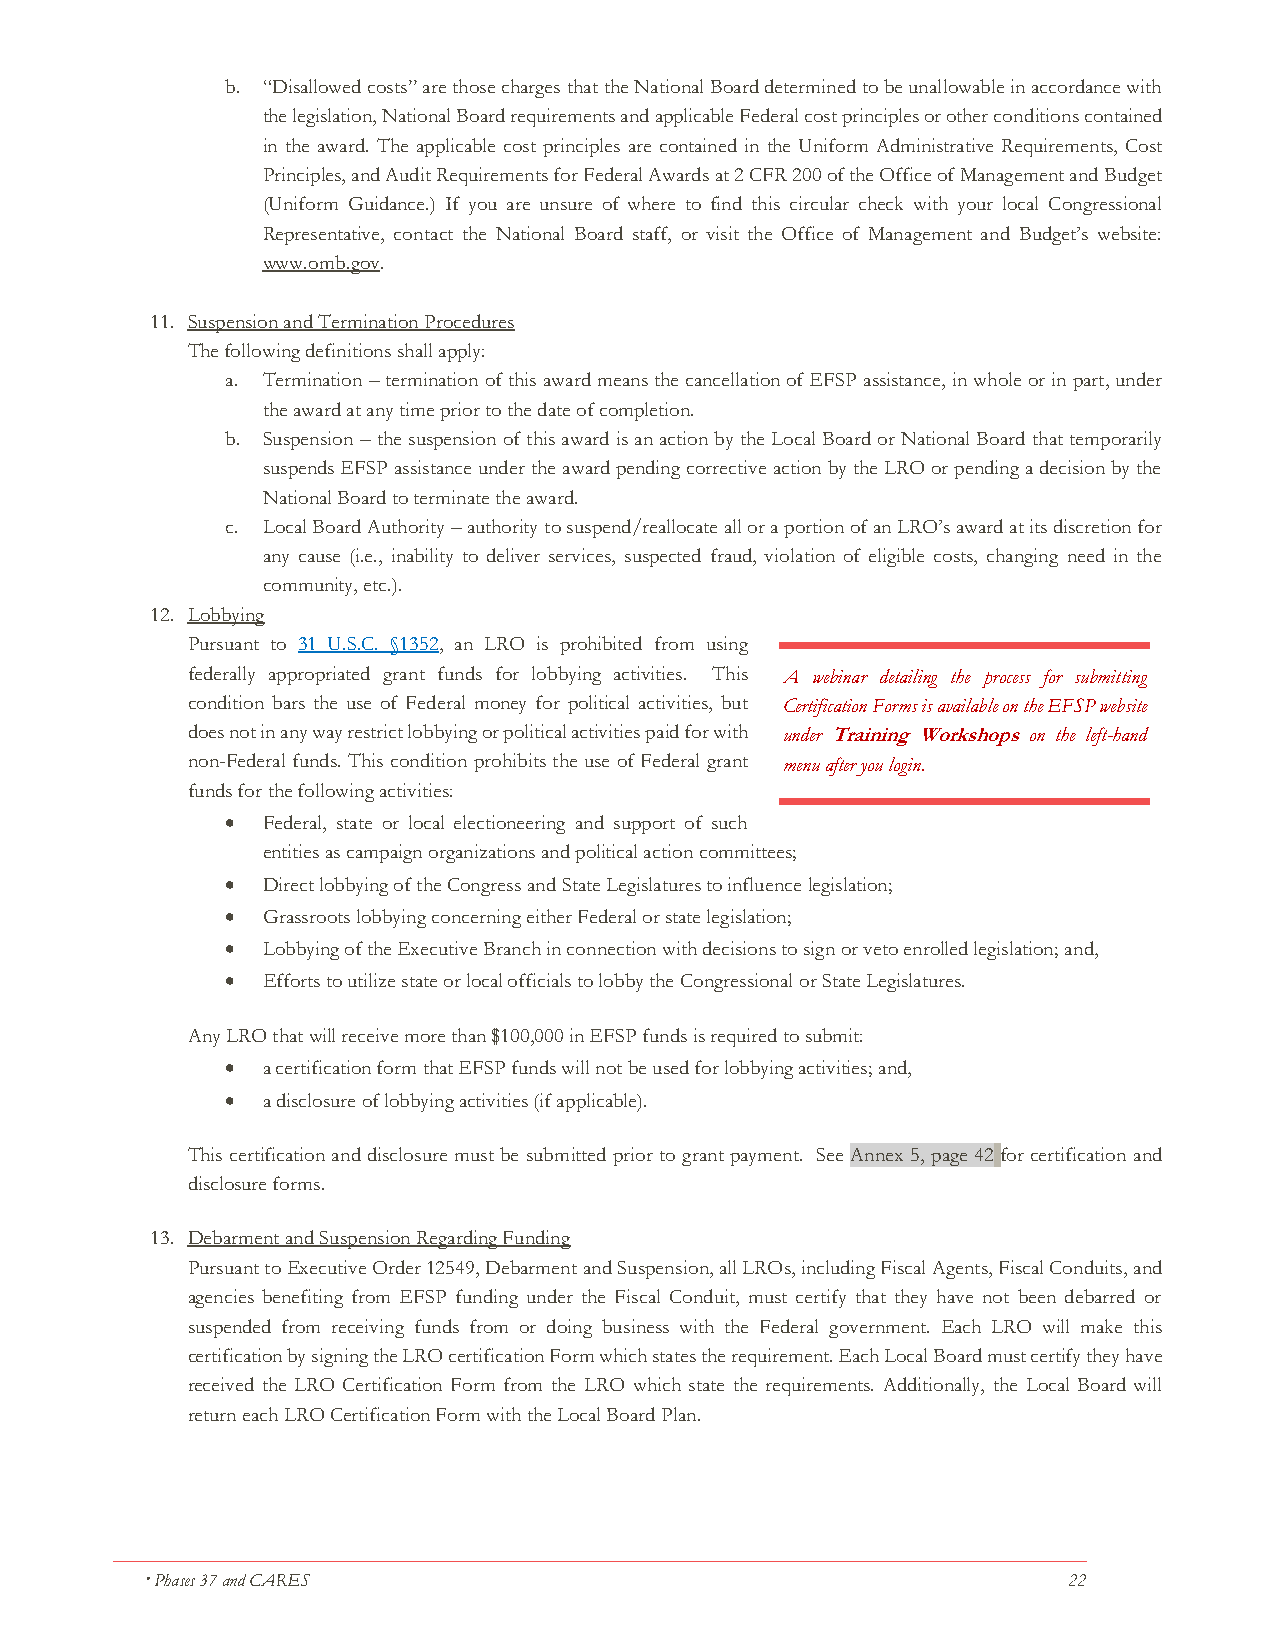
b. “Disallowed costs” are those charges that the National Board determined to be unallowable in accordance with
 the legislation, National Board requirements and applicable Federal cost principles or other conditions contained
 in the award. The applicable cost principles are contained in the Uniform Administrative Requirements, Cost
 Principles, and Audit Requirements for Federal Awards at 2 CFR 200 of the Office of Management and Budget
 (Uniform Guidance.) If you are unsure of where to find this circular check with your local Congressional
 Representative, contact the National Board staff, or visit the Office of Management and Budget’s website:
 www.omb.gov.
 11. Suspension and Termination Procedures
 The following definitions shall apply:
 a. Termination – termination of this award means the cancellation of EFSP assistance, in whole or in part, under
 the award at any time prior to the date of completion.
 b. Suspension – the suspension of this award is an action by the Local Board or National Board that temporarily
 suspends EFSP assistance under the award pending corrective action by the LRO or pending a decision by the
 National Board to terminate the award.
 c. Local Board Authority – authority to suspend/reallocate all or a portion of an LRO’s award at its discretion for
 any cause (i.e., inability to deliver services, suspected fraud, violation of eligible costs, changing need in the
 community, etc.).
 12. Lobbying
 Pursuant to 31 U.S.C. §1352, an LRO is prohibited from using
 federally appropriated grant funds for lobbying activities. This A webinar detailing the process for submitting
 condition bars the use of Federal money for political activities, but Certification Forms is available on the EFSP website
 does not in any way restrict lobbying or political activities paid for with under Training Workshops on the left-hand
 non-Federal funds. This condition prohibits the use of Federal grant menu after you login.
 funds for the following activities:
 • Federal, state or local electioneering and support of such
 entities as campaign organizations and political action committees;
 • Direct lobbying of the Congress and State Legislatures to influence legislation;
 • Grassroots lobbying concerning either Federal or state legislation;
 • Lobbying of the Executive Branch in connection with decisions to sign or veto enrolled legislation; and,
 • Efforts to utilize state or local officials to lobby the Congressional or State Legislatures.
 Any LRO that will receive more than $100,000 in EFSP funds is required to submit:
 • a certification form that EFSP funds will not be used for lobbying activities; and,
 • a disclosure of lobbying activities (if applicable).
 This certification and disclosure must be submitted prior to grant payment. See Annex 5, page 42 for certification and
 disclosure forms.
 13. Debarment and Suspension Regarding Funding
 Pursuant to Executive Order 12549, Debarment and Suspension, all LROs, including Fiscal Agents, Fiscal Conduits, and
 agencies benefiting from EFSP funding under the Fiscal Conduit, must certify that they have not been debarred or
 suspended from receiving funds from or doing business with the Federal government. Each LRO will make this
 certification by signing the LRO certification Form which states the requirement. Each Local Board must certify they have
 received the LRO Certification Form from the LRO which state the requirements. Additionally, the Local Board will
 return each LRO Certification Form with the Local Board Plan.
  Phases 37 and CARES                                         22